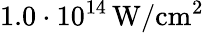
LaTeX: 1.0\cdot 10^{14}\, \mathrm{W/cm^{2}}